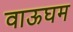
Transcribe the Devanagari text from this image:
वाऊघम